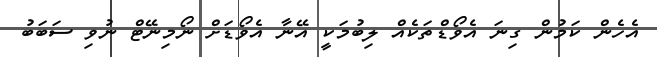
އެހެން ކަމުން ގިނަ އެވޯޑްތަކެއް ލިބުމަކީ އޭނާ އެވޯޑަށް ނޯމިނޭޓް ނުވި ސަބަބު